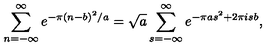
\sum _ { n = - \infty } ^ { \infty } e ^ { - \pi ( n - b ) ^ { 2 } / a } = \sqrt { a } \sum _ { s = - \infty } ^ { \infty } e ^ { - \pi a s ^ { 2 } + 2 \pi i s b } ,